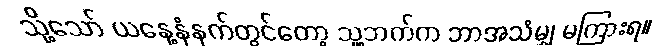
သို့သော် ယနေ့နံနက်တွင်တော့ သူ့ဘက်က ဘာအသံမျှ မကြားရ။